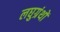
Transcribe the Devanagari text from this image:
लघुग्रंथों